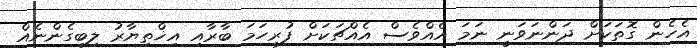
އެހެން ގޮތަކަށް ދަންނަވަނީ ނަމަ އެއްވެސް އެއްޗަކަށް ފުރިހަމަ ބާރާއި އިޚްތިޔާރު ލިބިގެންނެއް